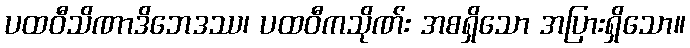
ပထဝီသိဏာဒိဘေဒဿ၊ ပထဝီကသိုဏ်း အစရှိသော အပြားရှိသော။